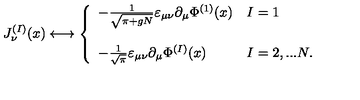
J _ { \nu } ^ { ( I ) } ( x ) \longleftrightarrow \left\{ \begin{array} { l l } { - \frac { 1 } { \sqrt { \pi + g N } } \varepsilon _ { \mu \nu } \partial _ { \mu } \Phi ^ { ( 1 ) } ( x ) } & { I = 1 } \\ { } & { } \\ { - \frac { 1 } { \sqrt { \pi } } \varepsilon _ { \mu \nu } \partial _ { \mu } \Phi ^ { ( I ) } ( x ) } & { I = 2 , . . . N . } \\ \end{array} \right.